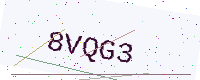
Text: 8VQG3